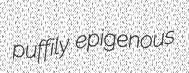
puffily epigenous